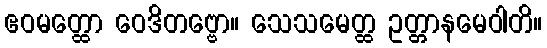
ဧဝမတ္ထော ဝေဒိတဗ္ဗော။ သေသမေတ္ထ ဥတ္တာနမေဝါတိ။